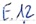
Text: E.1.2